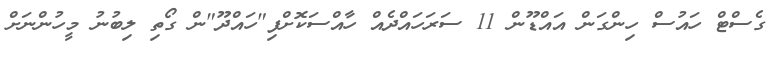
ގެސްޓް ހައުސް ހިންގަން އައްޑޫން 11 ސަރަހައްދެއް ހާއްސަކޮށްފި"ހައްދޫ"ން ގޯތި ލިބުނު މީހުންނަށް